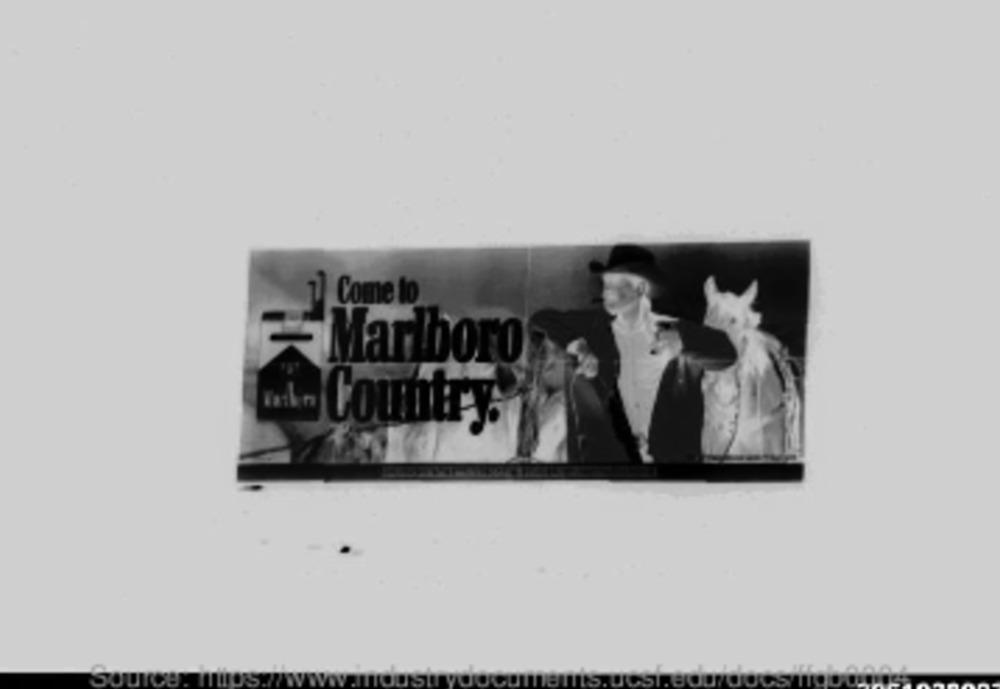
Come to
Marlboro
Country